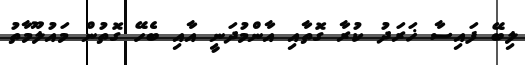
ލިބޭ ފައިސާ ޚަރަދު ކުރާ ގޮތާއި އާންމުދަނީ އާއި ބެހޭ ގޮތުން މައުލޫމާތު